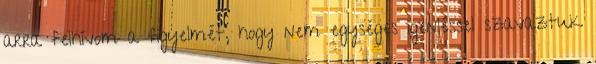
arra felhívom a figyelmét, hogy nem egységes igenléssel szavaztuk